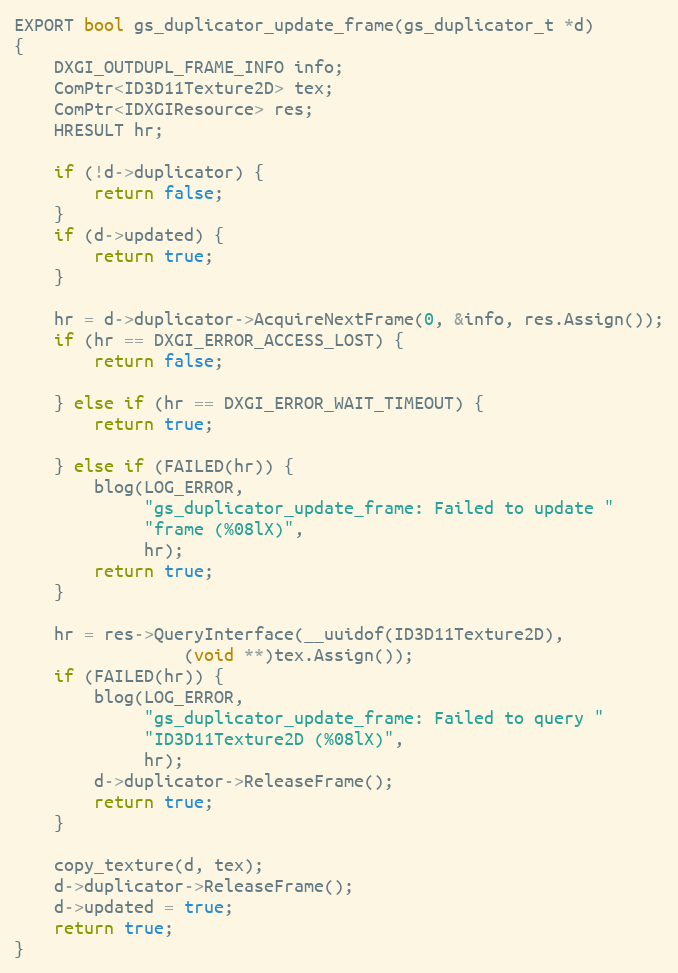
Language: C++
EXPORT bool gs_duplicator_update_frame(gs_duplicator_t *d)
{
	DXGI_OUTDUPL_FRAME_INFO info;
	ComPtr<ID3D11Texture2D> tex;
	ComPtr<IDXGIResource> res;
	HRESULT hr;

	if (!d->duplicator) {
		return false;
	}
	if (d->updated) {
		return true;
	}

	hr = d->duplicator->AcquireNextFrame(0, &info, res.Assign());
	if (hr == DXGI_ERROR_ACCESS_LOST) {
		return false;

	} else if (hr == DXGI_ERROR_WAIT_TIMEOUT) {
		return true;

	} else if (FAILED(hr)) {
		blog(LOG_ERROR,
		     "gs_duplicator_update_frame: Failed to update "
		     "frame (%08lX)",
		     hr);
		return true;
	}

	hr = res->QueryInterface(__uuidof(ID3D11Texture2D),
				 (void **)tex.Assign());
	if (FAILED(hr)) {
		blog(LOG_ERROR,
		     "gs_duplicator_update_frame: Failed to query "
		     "ID3D11Texture2D (%08lX)",
		     hr);
		d->duplicator->ReleaseFrame();
		return true;
	}

	copy_texture(d, tex);
	d->duplicator->ReleaseFrame();
	d->updated = true;
	return true;
}